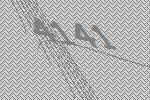
4141